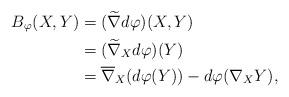
LaTeX: \begin{align*}B_\varphi(X,Y)&=(\widetilde{\nabla}d\varphi)(X,Y) \\&=(\widetilde{\nabla}_Xd\varphi)(Y) \\&=\overline{\nabla}_X(d\varphi(Y))-d\varphi(\nabla_XY),\end{align*}